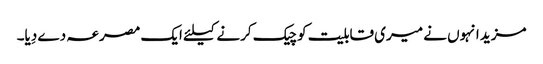
مزید انہوں نے میری قابلیت کو چیک کرنے کیلئے ایک مصرعہ دے دِیا۔